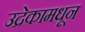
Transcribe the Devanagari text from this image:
उद्रेकामधून